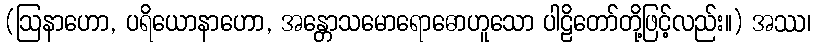
(ဩနာဟော, ပရိယောနာဟော, အန္တောသမောရောဓောဟူသော ပါဠိတော်တို့ဖြင့်လည်း။) အဿ၊